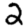
Digit: 2